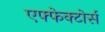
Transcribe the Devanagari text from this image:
एफ्फेक्टोर्स